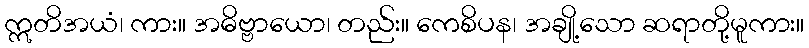
ဣတိအယံ၊ ကား။ အဓိဗ္ဗာယော၊ တည်း။ ကေစိပန၊ အချို့သော ဆရာတို့မူကား။